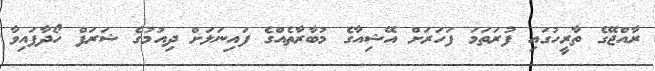
ރާއްޖޭގެ ތާރީހުގައި ފުރަތަމަ ފަހަރަށް އޭޝިއާގެ މުބާރާތެއްގެ ފައިނަލަށް ދިއުމުގެ ޝަރަފް ހޯދާފައިވާ